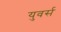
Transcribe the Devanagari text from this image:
युवर्स